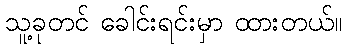
သူ့ခုတင် ခေါင်းရင်းမှာ ထားတယ်။